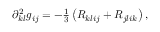
\begin{array} { r } { \partial _ { k l } ^ { 2 } g _ { i j } = - \frac { 1 } { 3 } \left( R _ { k l i j } + R _ { j l i k } \right) , } \end{array}